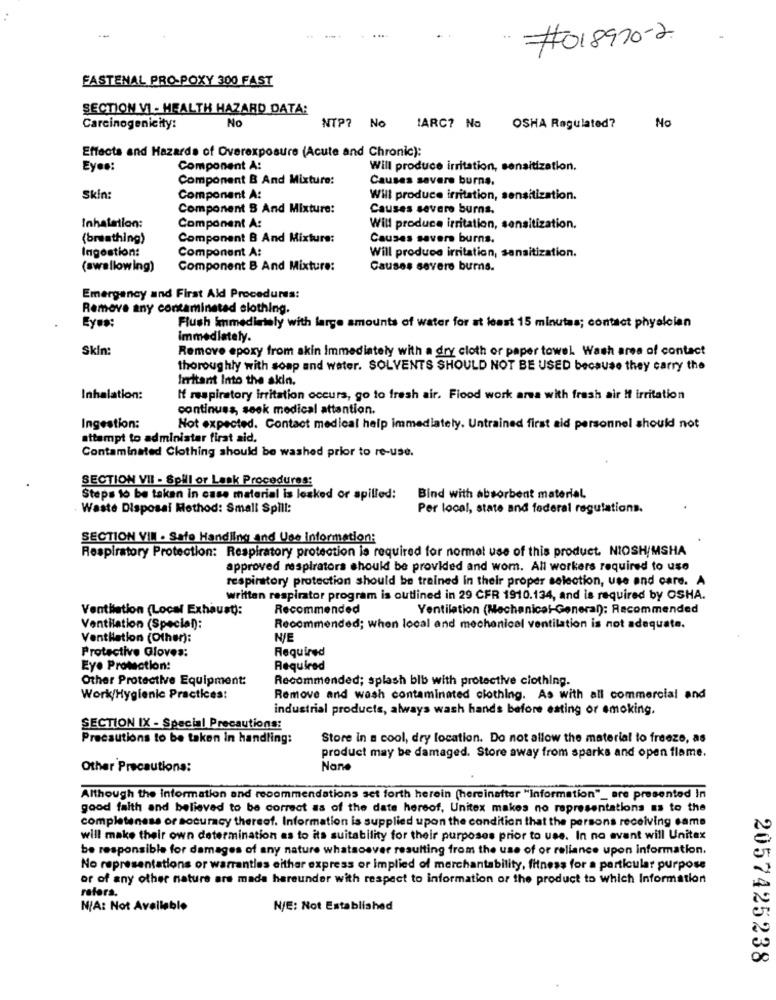
#018970-2.
FASTENAL PRO-POXY 300 FAST
SECTION VI - HEALTH HAZARD DATA:
No
Carcinogenicity:
NTP? No
IARC? No
OSHA Regulated?
No
Effects and Hazards of Overexposure (Acute and Chronic):
Eyes:
Component A:
Will produce irritation, sensitization.
Component B And Mixture:
Causes severe burns.
Skin:
Component A:
Will produce irritation, sensitization.
Component B And Mixture:
Causes severe burns.
Inhalation:
Component A:
Will produce irritation, sensitization.
(breathing)
Component B And Mixture:
Causes savers burns.
Ingestion:
Component A:
Will produce irritation, sansitization.
(swallowing)
Component B And Mixture:
Causes severe burns.
Emergency and Firat Ald Procedures:
Remove any contaminated clothing.
Eyes:
Flush Immediately with large amounts of water for at least 15 minutes; contact physician
Immediately.
Skin:
Remove epoxy from skin immediately with a dry cloth or paper towel. Wash area of contact
thoroughly with soap and water. SOLVENTS SHOULD NOT BE USED because they carry the
Irritant Into the skin.
Inhalation:
If respiratory irritation occurs, go to fresh air. Flood work area with fresh air If irritation
continues, seek medical attention.
Ingestion:
Not expected. Contact medical help immediately. Untrained first aid personnel should not
attempt to administer firat aid.
Contaminated Clothing should be washed prior to re-use.
SECTION VII - Spill or Lank Procedures:
Steps to be taken in case material is lesked or spilled:
Bind with absorbent material.
Waste Disposal Method: Small Spill:
Per local, state and federal regulations.
SECTION VIN · Safe Handling and Use Information:
Respiratory Protection: Respiratory protection is required for normal use of this product. NIOSH/MSHA
approved respirators should be provided and wom. All workers required to use
respiratory protection should be trained in their proper selection, use and care. A
written respirator program is outlined in 29 CFR 1910.134, and is required by OSHA.
Ventilation (Local Exhaust):
Recommended
Ventilation (Mechanical-General): Recommended
Ventilation (Special):
Recommended; when local and mechanical ventilation is not adequate.
Ventilation (Other):
N/E
Protective Gloves:
Required
Eye Protection:
Required
Other Protective Equipment:
Recommended; splash blb with protective clothing.
Work/Hygienic Practices:
Remove and wash contaminated clothing. As with all commercial and
industrial products, always wash hands before esting or smoking.
SECTION IX - Special Precautions:
Precautions to be taken in handling:
Store in a cool, dry location. Do not allow the material to freeze, as
product may be damaged. Store away from sparks and open flame.
Other Precautions:
Although the information and recommendations set forth herein (hereinafter "Information"_ are presented In
good faith and believed to be correct as of the date hereof, Unitex makes no representations as to the
completeness or socuracy thereof. Information is supplied upon the condition that the persons receiving same
will make their own determination as to its suitability for their purposes prior to use. In no event will Unitex
be responsible for damages of any nature whatsoever resulting from the use of or reliance upon information.
No representations or warranties either express or implied of merchantability, fitness for a particular purpose
or of any other nature are made hereunder with respect to information or the product to which Information
refera.
N/A: Not Available
N/E: Not Established
2057425238